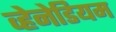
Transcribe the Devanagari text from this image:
व्हेनेडियम